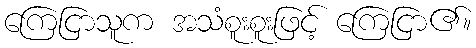
ကြေငြာသူက အသံစူးစူးဖြင့် ကြေငြာ၏။